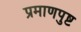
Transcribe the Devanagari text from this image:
प्रमाणपुष्ट